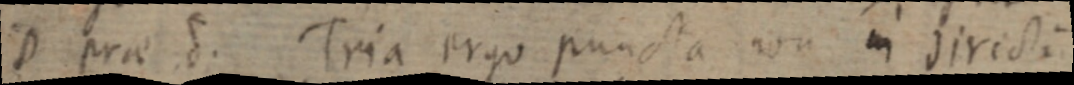
D prae d. Tria ergo puncta non in directi